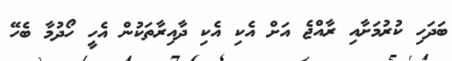
ބަދަހި ކުރުމަށާއި ރާއްޖެ އަށް އެކި އެކި ދާއިރާތަކުން އެހީ ހޯދުމާ ބެހޭ